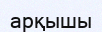
арқышы